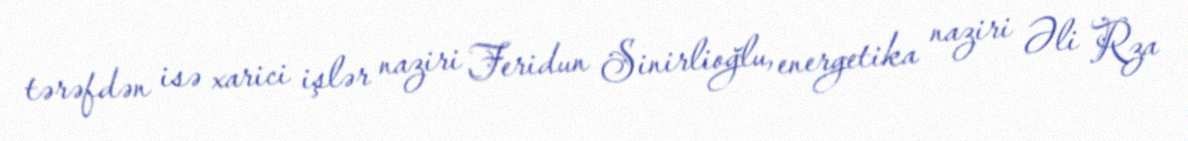
tərəfdən isə xarici işlər naziri Feridun Sinirlioğlu, energetika naziri Əli Rza